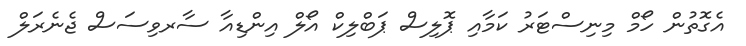
އެގޮތުން ހޯމް މިނިސްޓަރު ކަމާއި ޕޮލިސް ޕަބްލިކް އޯލް އިންޑިއާ ސާރވިސަސް ޖެނެރަލް